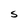
Character: S